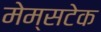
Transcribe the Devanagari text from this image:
मेम्सटेक